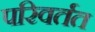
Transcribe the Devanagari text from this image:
परिवर्तत